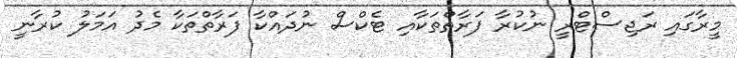
މީރާގައި ރަޖިސްޓްރީ ނުކުރާ ފަރާތްތަކާއި ޓެކްސް ނުދައްކާ ފަރާތްތަކާ މެދު އަމަލު ކުރާނީ